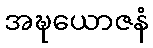
အဍ္ဎယောဇနံ